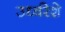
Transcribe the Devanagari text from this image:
उर्ध्वरेशे